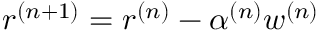
r ^ { ( n + 1 ) } = r ^ { ( n ) } - \alpha ^ { ( n ) } w ^ { ( n ) }